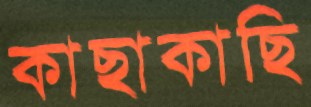
কাছাকাছি